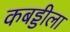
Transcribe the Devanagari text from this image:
कबड्डीला